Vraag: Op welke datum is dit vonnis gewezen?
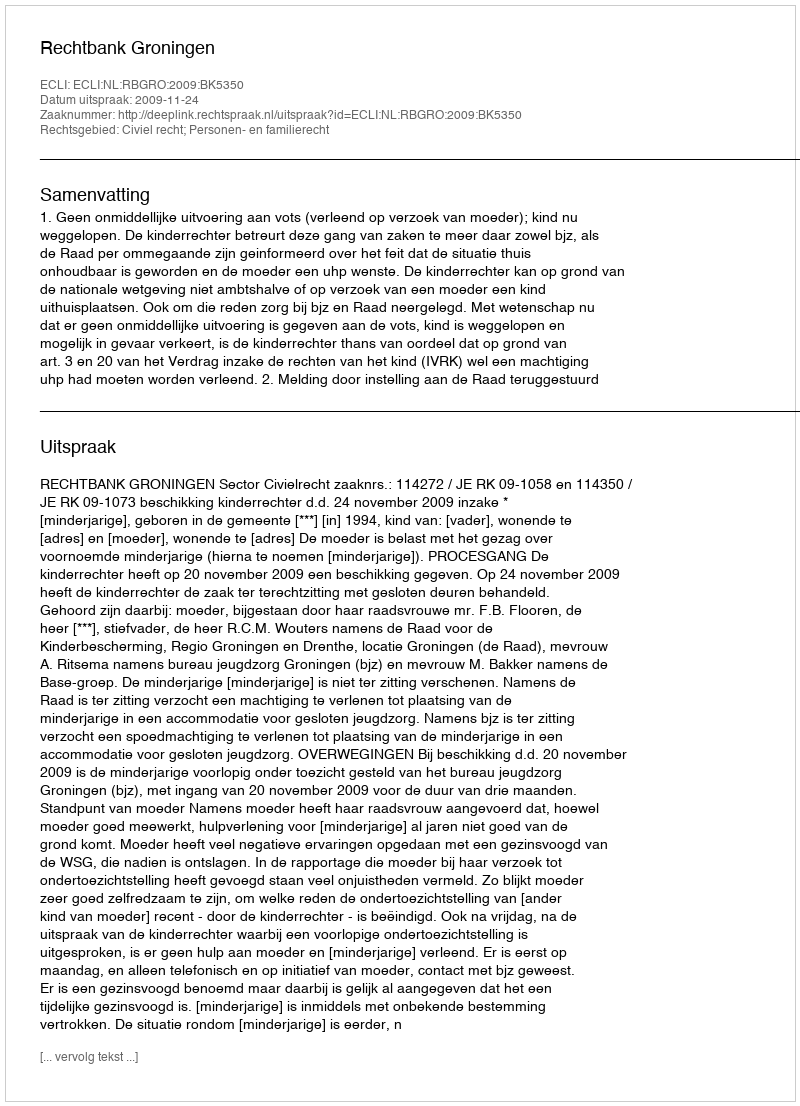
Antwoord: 2009-11-24